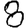
Digit: 8